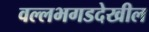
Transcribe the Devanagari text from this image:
वल्लभगडदेखील